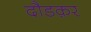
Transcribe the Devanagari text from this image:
दौडक़र